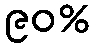
၉၀%